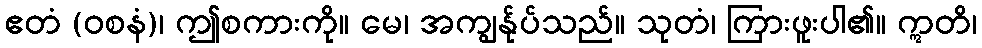
ဧတံ (ဝစနံ)၊ ဤစကားကို။ မေ၊ အကျွန်ုပ်သည်။ သုတံ၊ ကြားဖူးပါ၏။ ဣတိ၊